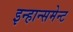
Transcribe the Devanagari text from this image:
इन्हान्समेन्ट